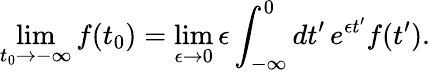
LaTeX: \operatorname*{lim}_{t_{0}\to-\infty}f(t_{0})=\operatorname*{lim}_{\epsilon\to 0}\epsilon\int_{-\infty}^{0}dt^{\prime}\, e^{\epsilon t^{\prime}}f(t^{\prime}).